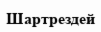
Шартрездей